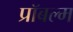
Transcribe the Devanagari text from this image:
प्रॉबल्म